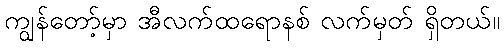
ကျွန်တော့်မှာ အီလက်ထရောနစ် လက်မှတ် ရှိတယ်။